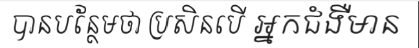
បានបន្ថែមថា ប្រសិនបើ អ្នកជំងឺមាន